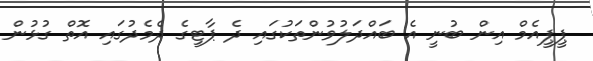
ޕީޕީއެމް އިން ބުނީ އެ ބައްދަލުވުންތަކުގައި ދެ ޕާޓީގެ ދެމެދުގައި އޮތް ގުޅުން